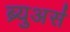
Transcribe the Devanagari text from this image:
ब्र्युअर्स